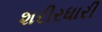
શરીરધારી